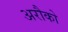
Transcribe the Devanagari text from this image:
अरौको